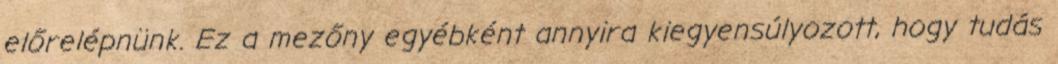
előrelépnünk. Ez a mezőny egyébként annyira kiegyensúlyozott, hogy tudás